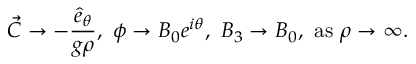
\vec { C } \rightarrow - { \frac { \hat { e } _ { \theta } } { g \rho } } , ~ \phi \rightarrow B _ { 0 } e ^ { i \theta } , ~ B _ { 3 } \rightarrow B _ { 0 } , ~ \mathrm { a s } ~ \rho \rightarrow \infty .